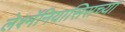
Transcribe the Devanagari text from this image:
लेश्मॅनियासिसच्या